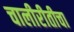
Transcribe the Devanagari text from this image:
चालीरीतीचा